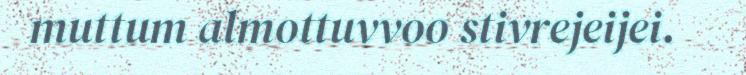
muttum almottuvvoo stivrejeijei.